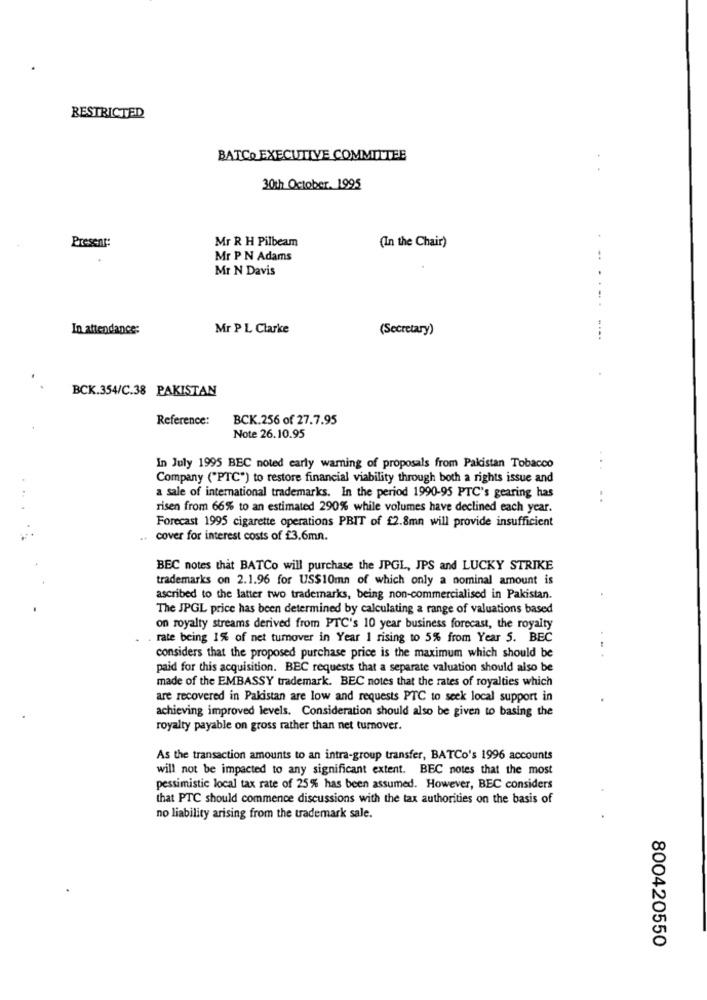
RESTRICTED
BATCO EXECUTIVE COMMITTEE
30th October. 1995
Mr R H Pilbeam
Present:
(In the Chair)
Mr P N Adams
Mr N Davis
In attendance:
Mr P L Clarke
(Secretary)
BCK.354/C.38 PAKISTAN
Reference:
BCK.256 of 27.7.95
Note 26.10.95
In July 1995 BEC noted early warning of proposals from Pakistan Tobacco
...
Company ("PTC") to restore financial viability through both a rights issue and
a sale of international trademarks. In the period 1990-95 PTC's gearing has
-.
risen from 66% to an estimated 290% while volumes have declined each year.
Forecast 1995 cigarette operations PBIT of £2.8mn will provide insufficient
cover for interest costs of £3.6mn.
BEC notes that BATCo will purchase the JPGL, JPS and LUCKY STRIKE
trademarks on 2.1.96 for US$10mn of which only a nominal amount is
ascribed to the latter two trademarks, being non-commercialised in Pakistan.
The JPGL price has been determined by calculating a range of valuations based
on royalty streams derived from PTC's 10 year business forecast, the royalty
rate being 1% of net turnover in Year 1 rising to 5% from Year 5. BEC
considers that the proposed purchase price is the maximum which should be
paid for this acquisition. BEC requests that a separate valuation should also be
made of the EMBASSY trademark. BEC notes that the rates of royalties which
are recovered in Pakistan are low and requests PTC to seek local support in
achieving improved levels. Consideration should also be given to basing the
royalty payable on gross rather than net turnover.
As the transaction amounts to an intra-group transfer, BATCo's 1996 accounts
will not be impacted to any significant extent. BEC notes that the most
pessimistic local tax rate of 25% has been assumed. However, BEC considers
that PTC should commence discussions with the tax authorities on the basis of
no liability arising from the trademark sale.
800420550